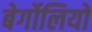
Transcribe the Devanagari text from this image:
बेर्गोलियो